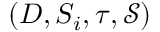
( D , S _ { i } , \tau , \mathcal { S } )